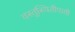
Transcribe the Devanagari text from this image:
वस्तुस्थितीपायी